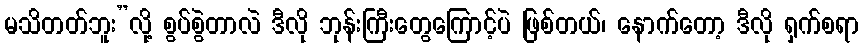
မသိတတ်ဘူး”လို့ စွပ်စွဲတာလဲ ဒီလို ဘုန်းကြီးတွေကြောင့်ပဲ ဖြစ်တယ်၊ နောက်တော့ ဒီလို ရှက်စရာ